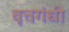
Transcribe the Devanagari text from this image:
वृत्तगंधी